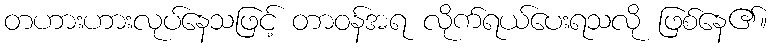
တဟားဟားလုပ်နေသဖြင့် တာဝန်အရ လိုက်ရယ်ပေးရသလို ဖြစ်နေ၏။